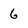
Character: 6